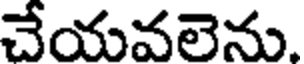
చేయవలెను.